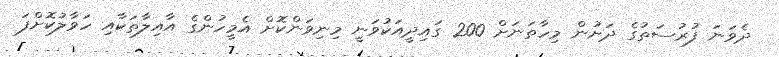
ދެވަނަ ފުރުސަތުގެ ދަށުން މިހާތަނަށް 200 ގައިދީއަކުވަނީ މިނިވަންކޮށް އެމީހުންގެ އާއިލާތަކާއި ހަވާލުކޮށްފަ